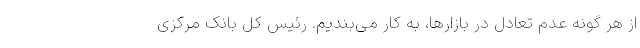
از هر گونه عدم تعادل در بازارها، به کار می‌بندیم. رئیس کل بانک مرکزی